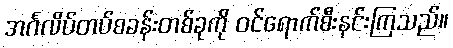
အင်္ဂလိပ်တပ်စခန်းတစ်ခုကို ဝင်ရောက်စီးနင်းကြသည်။